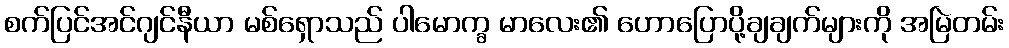
စက်ပြင်အင်ဂျင်နီယာ မစ်ရှောသည် ပါမောက္ခ မာလေး၏ ဟောပြောပို့ချချက်များကို အမြဲတမ်း